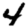
Digit: 4